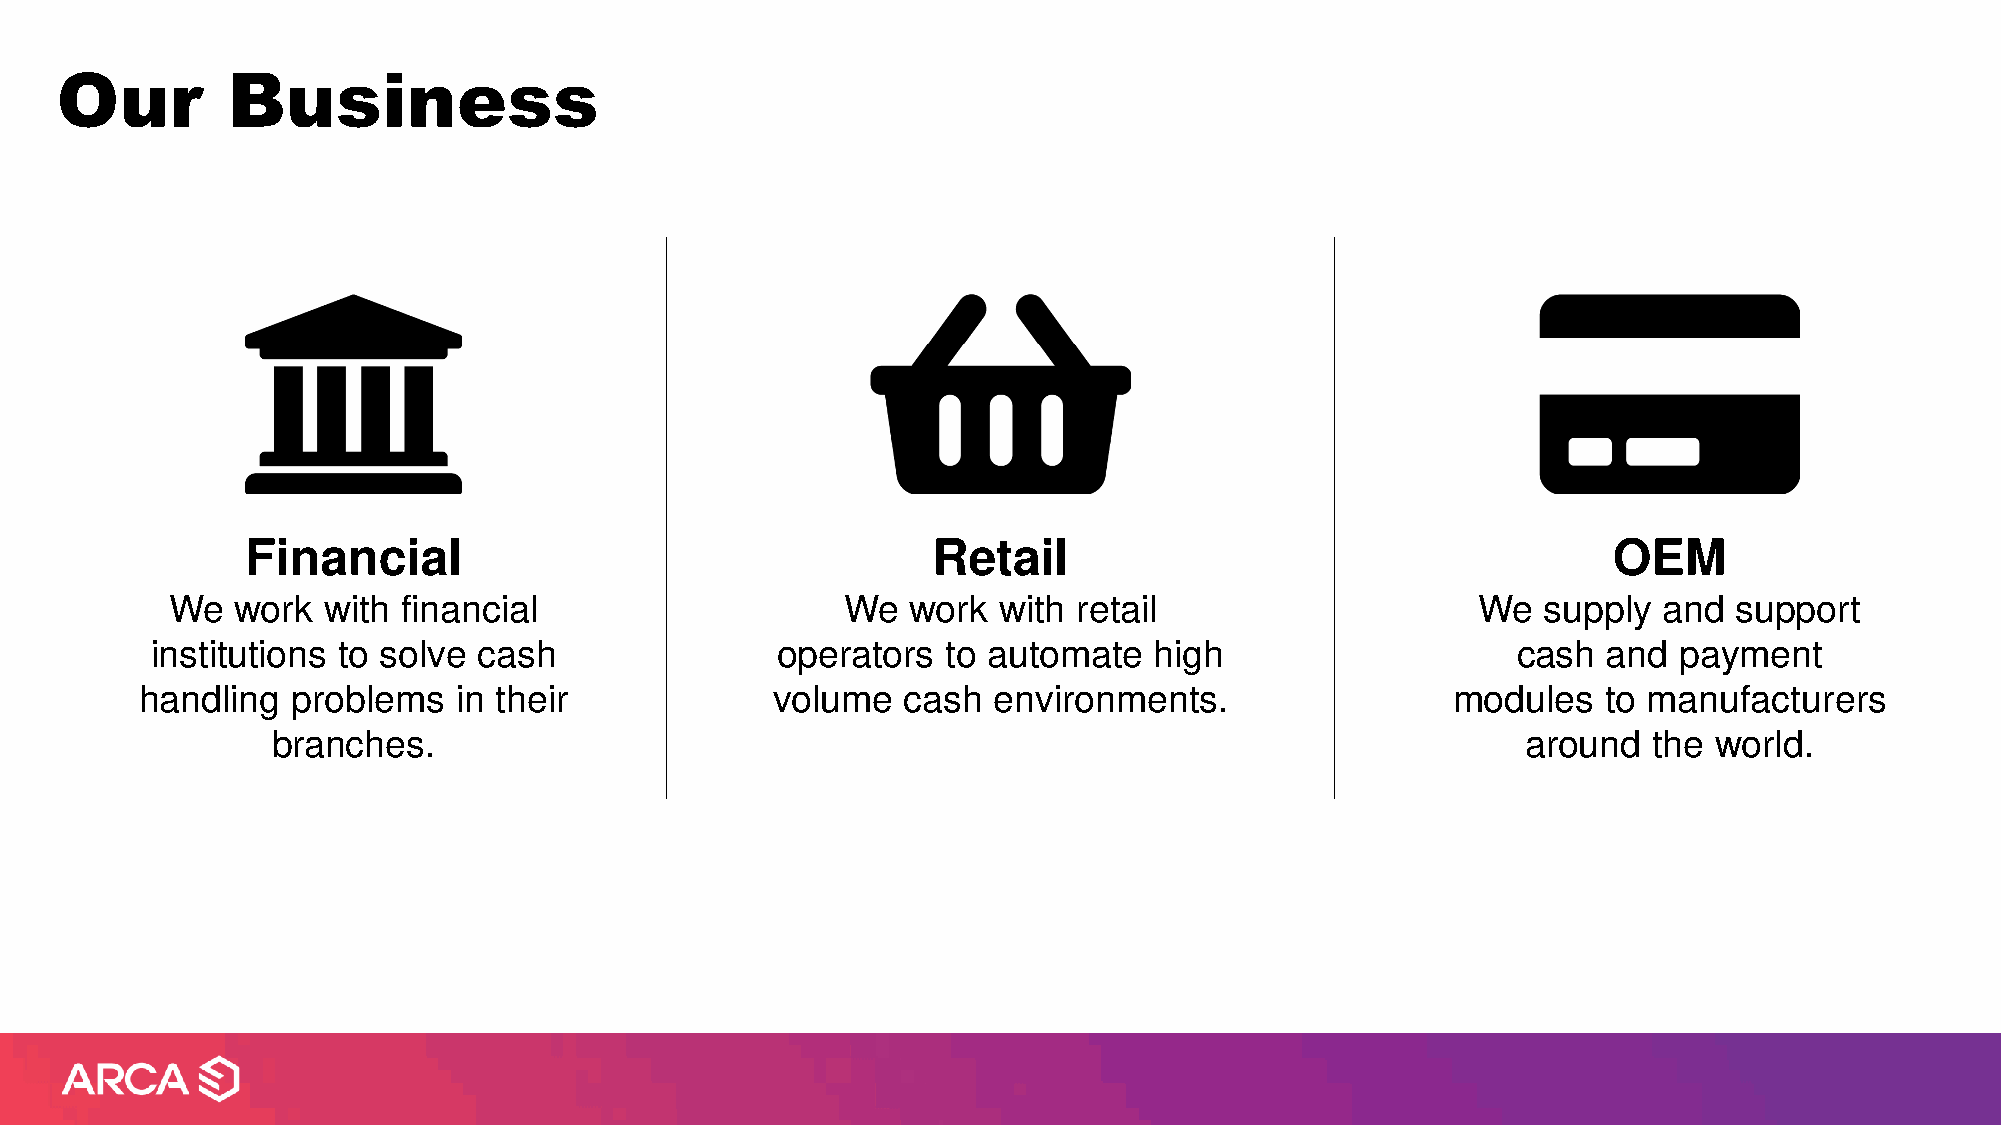
Our        Business
 Financial                                     Retail                                       OEM
 We   work with  financial                    We  work  with retail                     We  supply  and  support
 institutions to solve cash               operators   to automate  high                    cash  and  payment
 handling  problems   in their             volume   cash  environments.                 modules   to manufacturers
 branches.                                                                          around  the world.